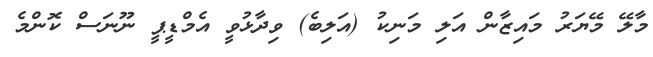
މާލޭ މޭޔަރު މައިޒާން އަލި މަނިކު (އަލިބެ) ވިދާޅުވީ އެމްޑީޕީ ނޫނަސް ކޮންމެ